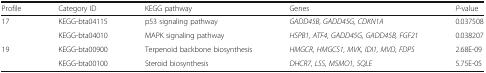
<table><thead><tr><td><b>Profile</b></td><td><b>Category ID</b></td><td><b>KEGG pathway</b></td><td><b>Genes</b></td><td><b><i>P</i>-value</b></td></tr></thead><tbody><tr><td rowspan="2">17</td><td>KEGG-bta04115</td><td>p53 signaling pathway</td><td><i>GADD45B, GADD45G, CDKN1A</i></td><td>0.037508</td></tr><tr><td>KEGG-bta04010</td><td>MAPK signaling pathway</td><td><i>HSPB1, ATF4, GADD45G, GADD45B, FGF21</i></td><td>0.038207</td></tr><tr><td rowspan="2">19</td><td>KEGG-bta00900</td><td>Terpenoid backbone biosynthesis</td><td><i>HMGCR, HMGCS1, MVK, IDI1, MVD, FDPS</i></td><td>2.68E-09</td></tr><tr><td>KEGG-bta00100</td><td>Steroid biosynthesis</td><td><i>DHCR7, LSS, MSMO1, SQLE</i></td><td>5.75E-05</td></tr></tbody></table>